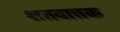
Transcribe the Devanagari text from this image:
शतवात्तक